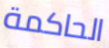
الحاكمة